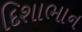
દિશાભાન